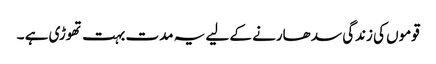
قوموں کی زندگی سد ھارنے کے لیے یہ مدت بہت تھوڑی ہے ۔